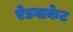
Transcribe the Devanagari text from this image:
ऐडवाकेट